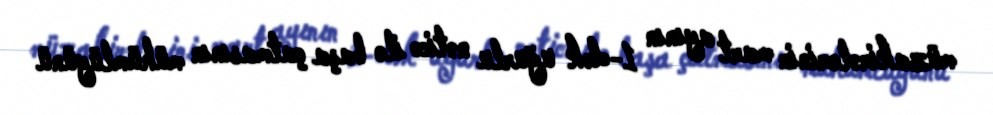
müzakirələrinin mart ayının 1-dək uğurlu nəticə ilə başa çatmasının mühümlüyünü